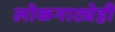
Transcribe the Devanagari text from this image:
लोकनाट्येही